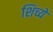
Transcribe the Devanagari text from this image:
शिच्ये